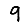
Digit: 9